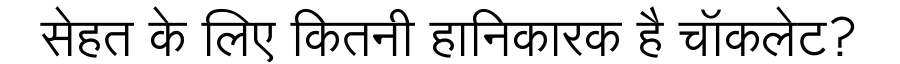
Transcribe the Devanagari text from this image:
सेहत के लिए कितनी हानिकारक है चॉकलेट?